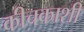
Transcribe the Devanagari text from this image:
कीचकाशी